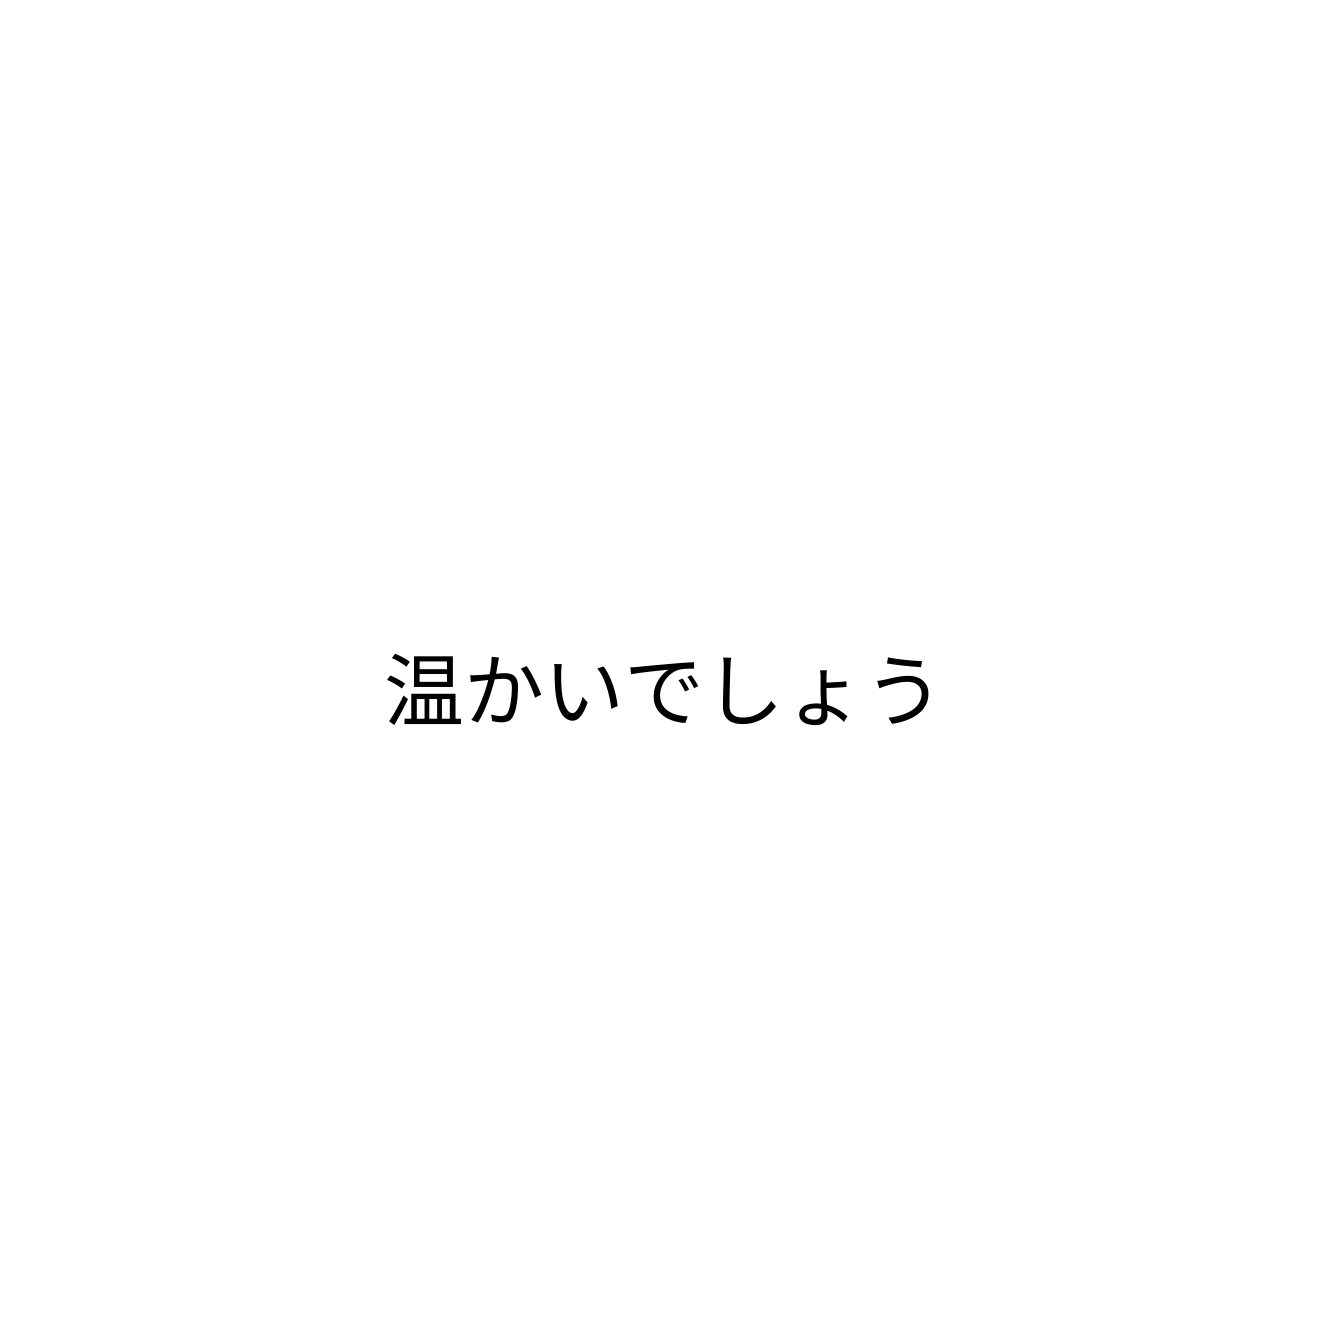
温かいでしょう